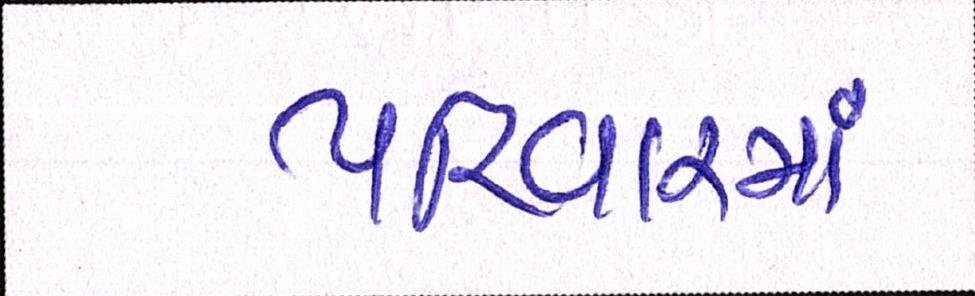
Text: પરિવારમાં